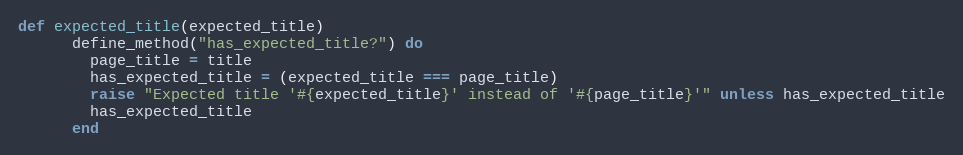
Language: Ruby
def expected_title(expected_title)
      define_method("has_expected_title?") do
        page_title = title
        has_expected_title = (expected_title === page_title)
        raise "Expected title '#{expected_title}' instead of '#{page_title}'" unless has_expected_title
        has_expected_title
      end